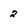
Character: 2